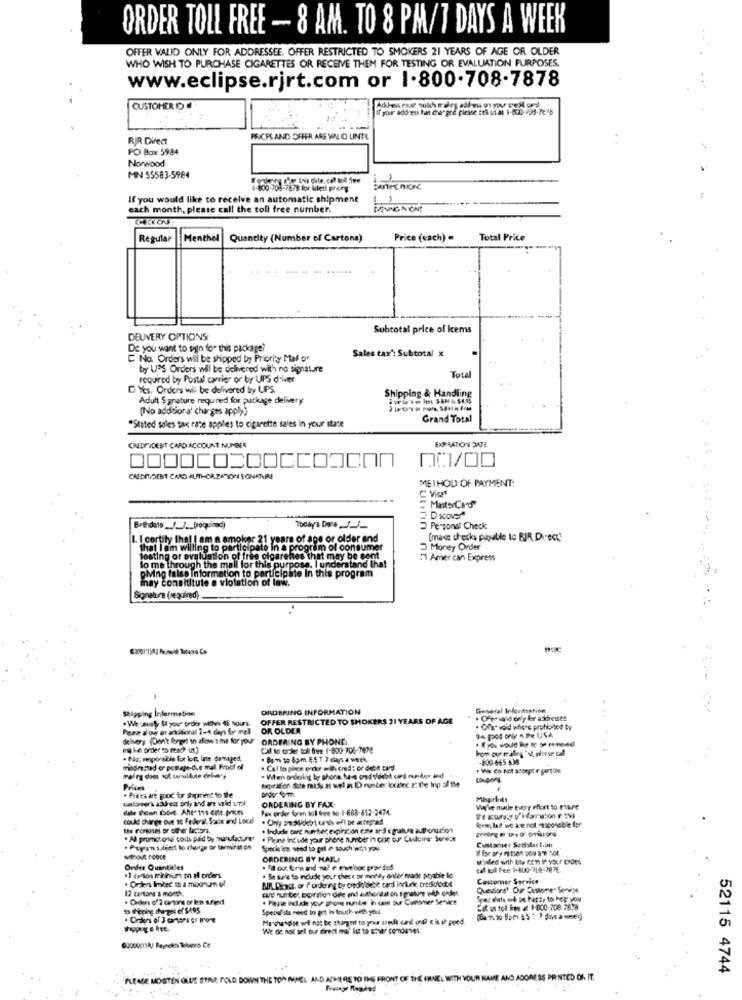
ORDER TOLL FREE - 8 AM. TO 8 PM/7 DAYS A WEEK
OFFER VALID ONLY FOR ADDRESSEE. OFFER RESTRICTED TO SMOKERS 21 YEARS OF AGE OR OLDER
WHO WISH TO PURCHASE CIGARETTES OR RECEIVE THEM FOR TESTING OR EVALUATION PURPOSES.
www.eclipse.rjrt.com or 1.800.708-7878
CUSTOMER DO
If your address has changed please tell us at 1-800-725-7e'8
RIR Direct
PRICES AND OFFER ARE VALO UNTIL
PO Box 5984
Norwood
MN 55583-5984
4-800-708-7878 for bleit preing
If you would like to receive an automatic shipment
each month, please call the toll free number.
CHERONI
Regular
Menthel
Quandity (Number of Cartons)
Price (cach) =
Total Price
Subtotal price of icems
DEUVERY OPTIONS
De you want to sign for this package?
C Na. Orders will be shipped by Priority Mal or
Sales tax': Subtotal x
by UPS Orders will be delivered with no signature
required by Postal canier or by UPS driver
Total
DYes. Orders wie be delivered by LIPS.
Adult Signature required for package delivery:
Shipping & Handling
(No additional charges apply)
Grand Total
"Stated sales tax rate apples to cigarette sales in your state
CREDITIDERT CARD ACCOUNT NUMBER
EXPIRATION DATE
CALDEDENT CARD AUTHORIZATION SONATURE
METHOD OF PAYMENT:
MasterCard
D Kovy
Bredalo ____ (roquinod)
Today's Date ___
Personal Check
1. 1 cortity the! | am a smoker 21 years of age or older and
(mac checks piubile to BIR Direct!
that I am willing to participate in a program of consumer
Money Order
losting or evaluation of free cigarettes that may be sent
& that may be sent
2 Amer can Express
thay consititute a violation of law.
Mng false Information to participa
en closte In this program
Signature (required)
Shipping Information
ORDERING INFORMATION
General Information
OFFER RESTRICTED TO SHOKERS 21 YEARS OF AGE
. Ofer ia'd only for akiresses
Pone a ow in akdonul 2-4 days for mell
OR OLDER
. Offstvo'd where prohibited by
Da good only n Pe USA
delivery (Don't forget in allow the for your
ORDERING BY PHONE
make order to mach us.]
Cal to order toll free 1-800-705-7822
From our maling "st, please call
. Not responsible for lon, late damaged.
-600-465 638
medim;ted or poraje-die mall. Proof of
. Cal to piece order wivcred : or debit card
. When ordering by phone. ha-s ond vocht and mundo and
tooperation fote musk as we! a ID runter koutec z: the top of the
Prices
. Prices are good for shipment to the
ORDERING BY FAX:
Misprints
Fax order foren toll free to 1-688-652 -2474.
Welke nude tvory effort to mure
could change out to Federal. Sauce and Local
fem, last we are not -aspossible for
. Indude care number expiration este and s guture authonuation
. Al promotowi coils paid by hurufacture
. Please ing ule your phone number in case our Culture. Sendoe
Customer Satisfaction
. Peyron subject to change or tormiras on
Specities need to get i touch with you
without rooce
ORDERING BY HAILI
Onder Quantities
"ll out fri and mu? e eveloce provided
cal toll free 1-800-7L4-787E.
.1 cenlos minimums on all orders
. Orkrs Invited to a maximum of
BIR Direct, or 7ordering by oredeldebit card incurie credobietet
. Be sure to include your thec'e or mnie, ander made payable lo
Customer Srevice
12 cartons a month.
undf rute; Egirrign dele and authordat on signature with order
Questions' Our Customer Sonvése
. Fasse indale you prom nunte in che bur Cunamer Senke
Special als need to get in touch with you
Cat uns tol free & 1-800-708-7638
. Orders of 3 cartons or more
We de not sel our diredi mai' ist to shver comoaves.
52115 4744
PLEASE MOSTEN GLUE STAR, POLD DOWN THE TOP IMNEL AND ADHERE TO THE FR
PANEL WITH YOUR NAME AND ADDRESS PRINTED OF IT.